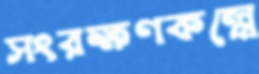
সংরক্ষণকল্পে